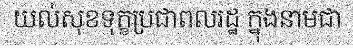
យល់សុខទុក្ខប្រជាពលរដ្ឋ ក្នុងនាមជា